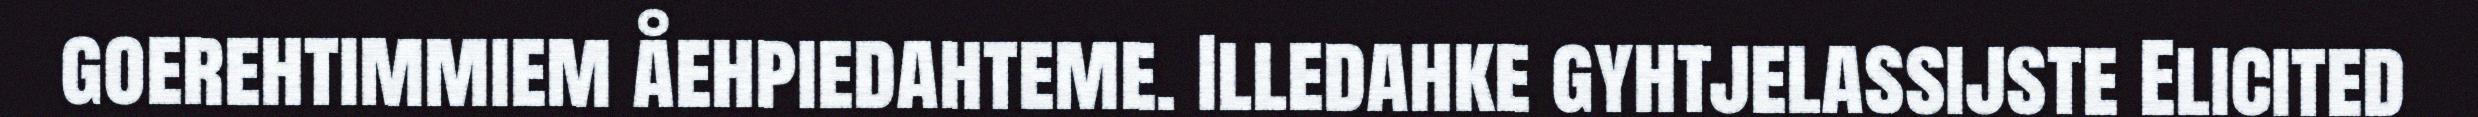
goerehtimmiem åehpiedahteme. Illedahke gyhtjelassijste Elicited